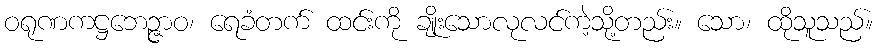
ဝရုဏကဋ္ဌဘေဉ္ဇာဝ၊ ရေခံတက် ထင်းကို ချိုးသောလုလင်ကဲ့သို့တည်း။ သော၊ ထိုသူသည်။